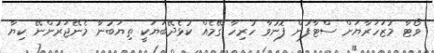
ވޯޓާ މުޒަހަރާޔަށް ސްޓާފުން ފޮނުވާ ހުރިހާ ގޭމެއް ކުޅެދޭބަޔަކީ ތިޔަބުނާ މެނޭޖަރުންނޭ ކިޔާ